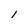
Character: l